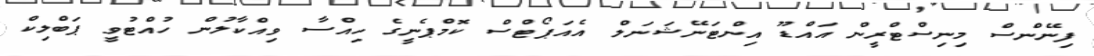
ފިނޭންސް މިނިސްޓްރީން އައްޑޫ އިންޓަނޭޝަނަލް އެއަޕޯޓްސް ކޮމްޕެނީގެ ހިއްސާ ވިއްކާލުން ހުއްޓުވީ ޕަބްލިކް